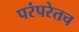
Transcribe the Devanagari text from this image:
परंपरेतच